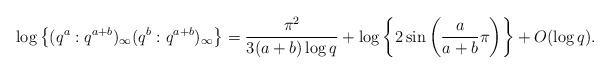
LaTeX: \begin{align*}\log \left\{ (q^a:q^{a+b})_{\infty}(q^b:q^{a+b})_{\infty} \right\} = \frac{\pi^{2}}{3(a+b)\log q} + \log \left\{2 \sin \left( \frac{a}{a+b} \pi \right) \right\} + O(\log q). \end{align*}